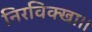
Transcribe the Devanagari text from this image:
निरविक्खा।।